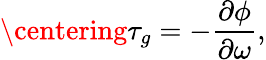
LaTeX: \centering\tau_{g}=-\frac{\partial{\phi}}{\partial{\omega}},